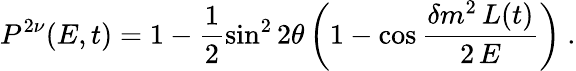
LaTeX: P^{2\nu}(E,t)=1-\frac{1}{2}\sin^{2}2\theta\left(1-\cos\frac{\delta m^{2}\, L(t)}{2\, E}\right)\ .